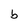
Character: b